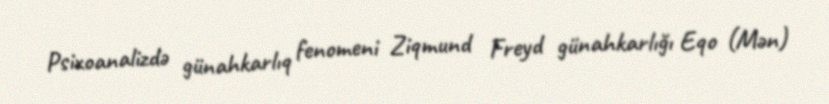
Psixoanalizdə günahkarlıq fenomeni Ziqmund Freyd günahkarlığı Eqo (Mən)